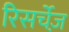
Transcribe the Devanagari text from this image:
रिसर्चेज़